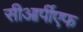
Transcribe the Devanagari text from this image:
सीआर्पीएफ